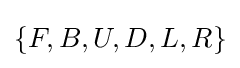
\{F,B,U,D,L,R\}